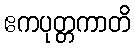
ဧကပုတ္တကာတိ